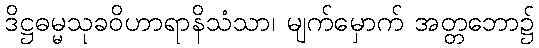
ဒိဋ္ဌဓမ္မသုခဝိဟာရာနိသံသာ၊ မျက်မှောက် အတ္တဘော၌